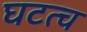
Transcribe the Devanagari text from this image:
घटत्च